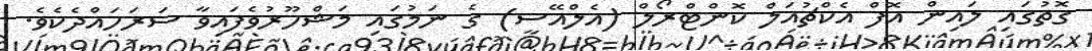
ގޮތުގައި ލައިން އޮފް އެކްޗުއަލް ކޮންޓްރޯލް (އެލްއޭސީ) ގެ ނަމުގައި މަޝްހޫރުވެފައިވާ ސަރަހައްދެކެވެ.